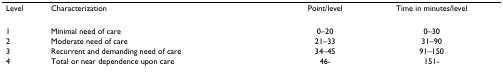
<table><thead><tr><td><b>Level</b></td><td><b>Characterization</b></td><td><b>Point/level</b></td><td><b>Time in minutes/level</b></td></tr></thead><tbody><tr><td>1</td><td>Minimal need of care</td><td>0–20</td><td>0–30</td></tr><tr><td>2</td><td>Moderate need of care</td><td>21–33</td><td>31–90</td></tr><tr><td>3</td><td>Recurrent and demanding need of care</td><td>34–45</td><td>91–150</td></tr><tr><td>4</td><td>Total or near dependence upon care</td><td>46-</td><td>151-</td></tr></tbody></table>